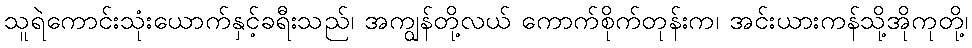
သူရဲကောင်းသုံးယောက်နှင့်ခရီးသည်၊ အကျွန်တို့လယ် ကောက်စိုက်တုန်းက၊ အင်းယားကန်သို့အိုကုတို့၊